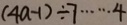
( 4 a - 1 ) \div 7 \cdots 4